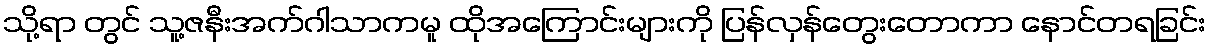
သို့ရာ တွင် သူ့ဇနီးအက်ဂါသာကမူ ထိုအကြောင်းများကို ပြန်လှန်တွေးတောကာ နောင်တရခြင်း